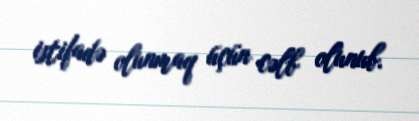
istifadə olunmaq üçün cəlb olunub.